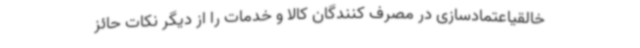
خالقیاعتمادسازی در مصرف کنندگان کالا و خدمات را از دیگر نکات حائز